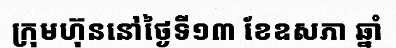
ក្រុមហ៊ុននៅថ្ងៃទី១៣ ខែឧសភា ឆ្នាំ